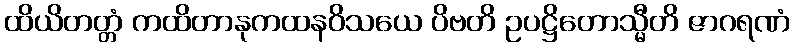
ထိယိတတ္တံ ကထိတာနုကထနဝိသယေ ပိဗတိ ဥပဋ္ဌိတောသ္မီတိ ဇာဂရဏံ